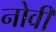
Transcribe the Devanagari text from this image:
नोवीं